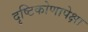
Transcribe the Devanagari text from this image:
दृष्टिकोणापेक्षा